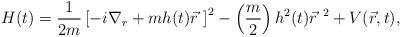
LaTeX: \begin{align*}H(t) = \frac{1}{2 m} \left[ - i {\nabla}_r + m h(t) \vec r \ \right]^2 - \left( \frac{m}{2} \right) h^2(t) {\vec r}^{\ 2} + V( \vec r, t ),\end{align*}